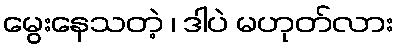
မွေးနေသတဲ့ ၊ ဒါပဲ မဟုတ်လား